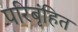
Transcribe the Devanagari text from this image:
परिबृंहित